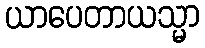
ယာပေတာယသ္မာ